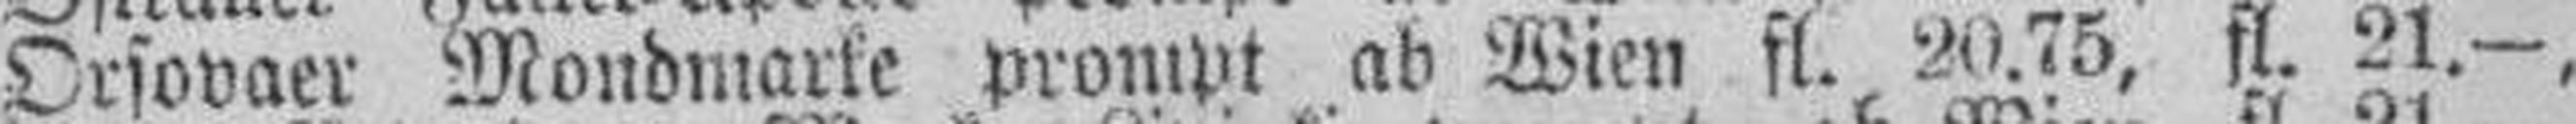
Orsovaer Mondmarke prompt ab Wien fl. 20.75, fl 21.—,